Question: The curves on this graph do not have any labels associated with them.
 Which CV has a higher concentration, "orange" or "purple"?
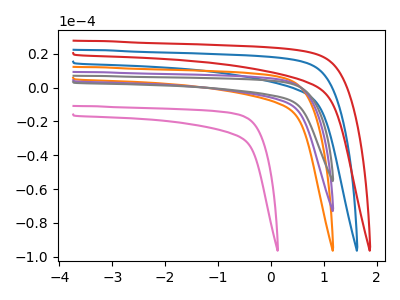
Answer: <think>The pink curve "pink" has no peaks. The blue curve "blue" has no peaks. The orange curve "orange" has no peaks. The purple curve "purple" has no peaks. The gray curve "gray" has no peaks. The red curve "red" has no peaks.
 Neither "orange" or "purple" have any peaks.</think>
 <answer>I cant tell if "orange" or "purple" has higher concentration.</answer>
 <eval>mixed_concentration</eval>